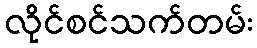
လိုင်စင်သက်တမ်း